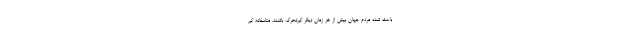
باعث شده مردم جهان بیش از هر زمان دیگر کم‌تحرک باشند. متاسفانه کم